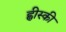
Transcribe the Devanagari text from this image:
ह्वीस्की